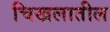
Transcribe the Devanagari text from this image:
चिखलातील